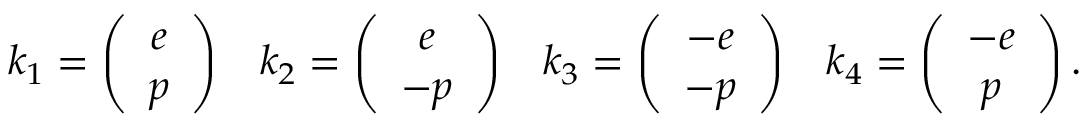
k _ { 1 } = \left( \begin{array} { c } { { e } } \\ { { p } } \end{array} \right) \; \; \; k _ { 2 } = \left( \begin{array} { c } { { e } } \\ { { - p } } \end{array} \right) \; \; \; k _ { 3 } = \left( \begin{array} { c } { { - e } } \\ { { - p } } \end{array} \right) \; \; \; k _ { 4 } = \left( \begin{array} { c } { { - e } } \\ { { p } } \end{array} \right) .